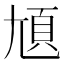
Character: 𡯺